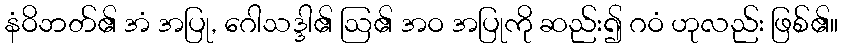
နံဝိဘတ်၏ အံ အပြု, ဂေါသဒ္ဒါ၏ ဩ၏ အဝ အပြုကို ဆည်း၍ ဂဝံ ဟုလည်း ဖြစ်၏။